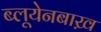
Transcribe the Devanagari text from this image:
ब्लूयेनबाख़